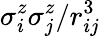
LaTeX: \sigma_{i}^{z}\sigma_{j}^{z}/r_{ij}^{3}